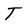
Character: T